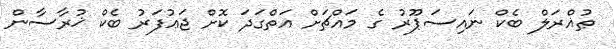
ޠުޣްރަލް ބެކް ނައިސަޕޫރު ގެ މައްޗަށް އަތްގަދަ ކޮށް ޖަޢުފަރު ބެކް ޚުރާސާން